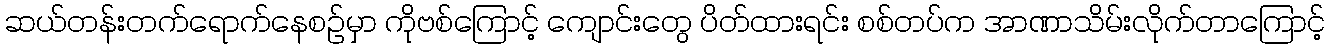
ဆယ်တန်းတက်ရောက်နေစဉ်မှာ ကိုဗစ်ကြောင့် ကျောင်းတွေ ပိတ်ထားရင်း စစ်တပ်က အာဏာသိမ်းလိုက်တာကြောင့်